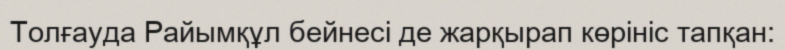
Толғауда Райымқұл бейнесі де жарқырап көрініс тапқан: